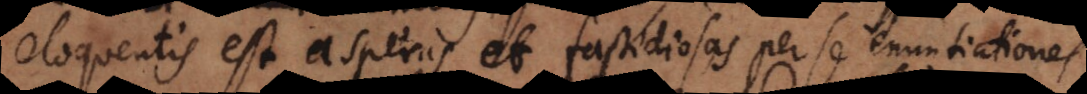
eloquentis est asperas et fastidiosas per se enuntiationes